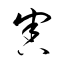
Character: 害